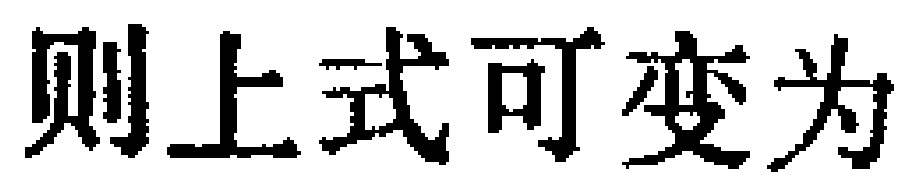
则上式可变为